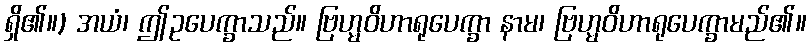
ရှိ၏။) အယံ၊ ဤဥပေက္ခာသည်။ ဗြဟ္မဝိဟာရုပေက္ခာ နာမ၊ ဗြဟ္မဝိဟာရုပေက္ခာမည်၏။